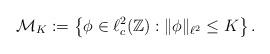
LaTeX: \begin{align*}\mathcal{M}_K := \left\{ \phi \in \ell^2_c(\mathbb{Z}) : \| \phi \|_{\ell^2} \leq K \right\}.\end{align*}